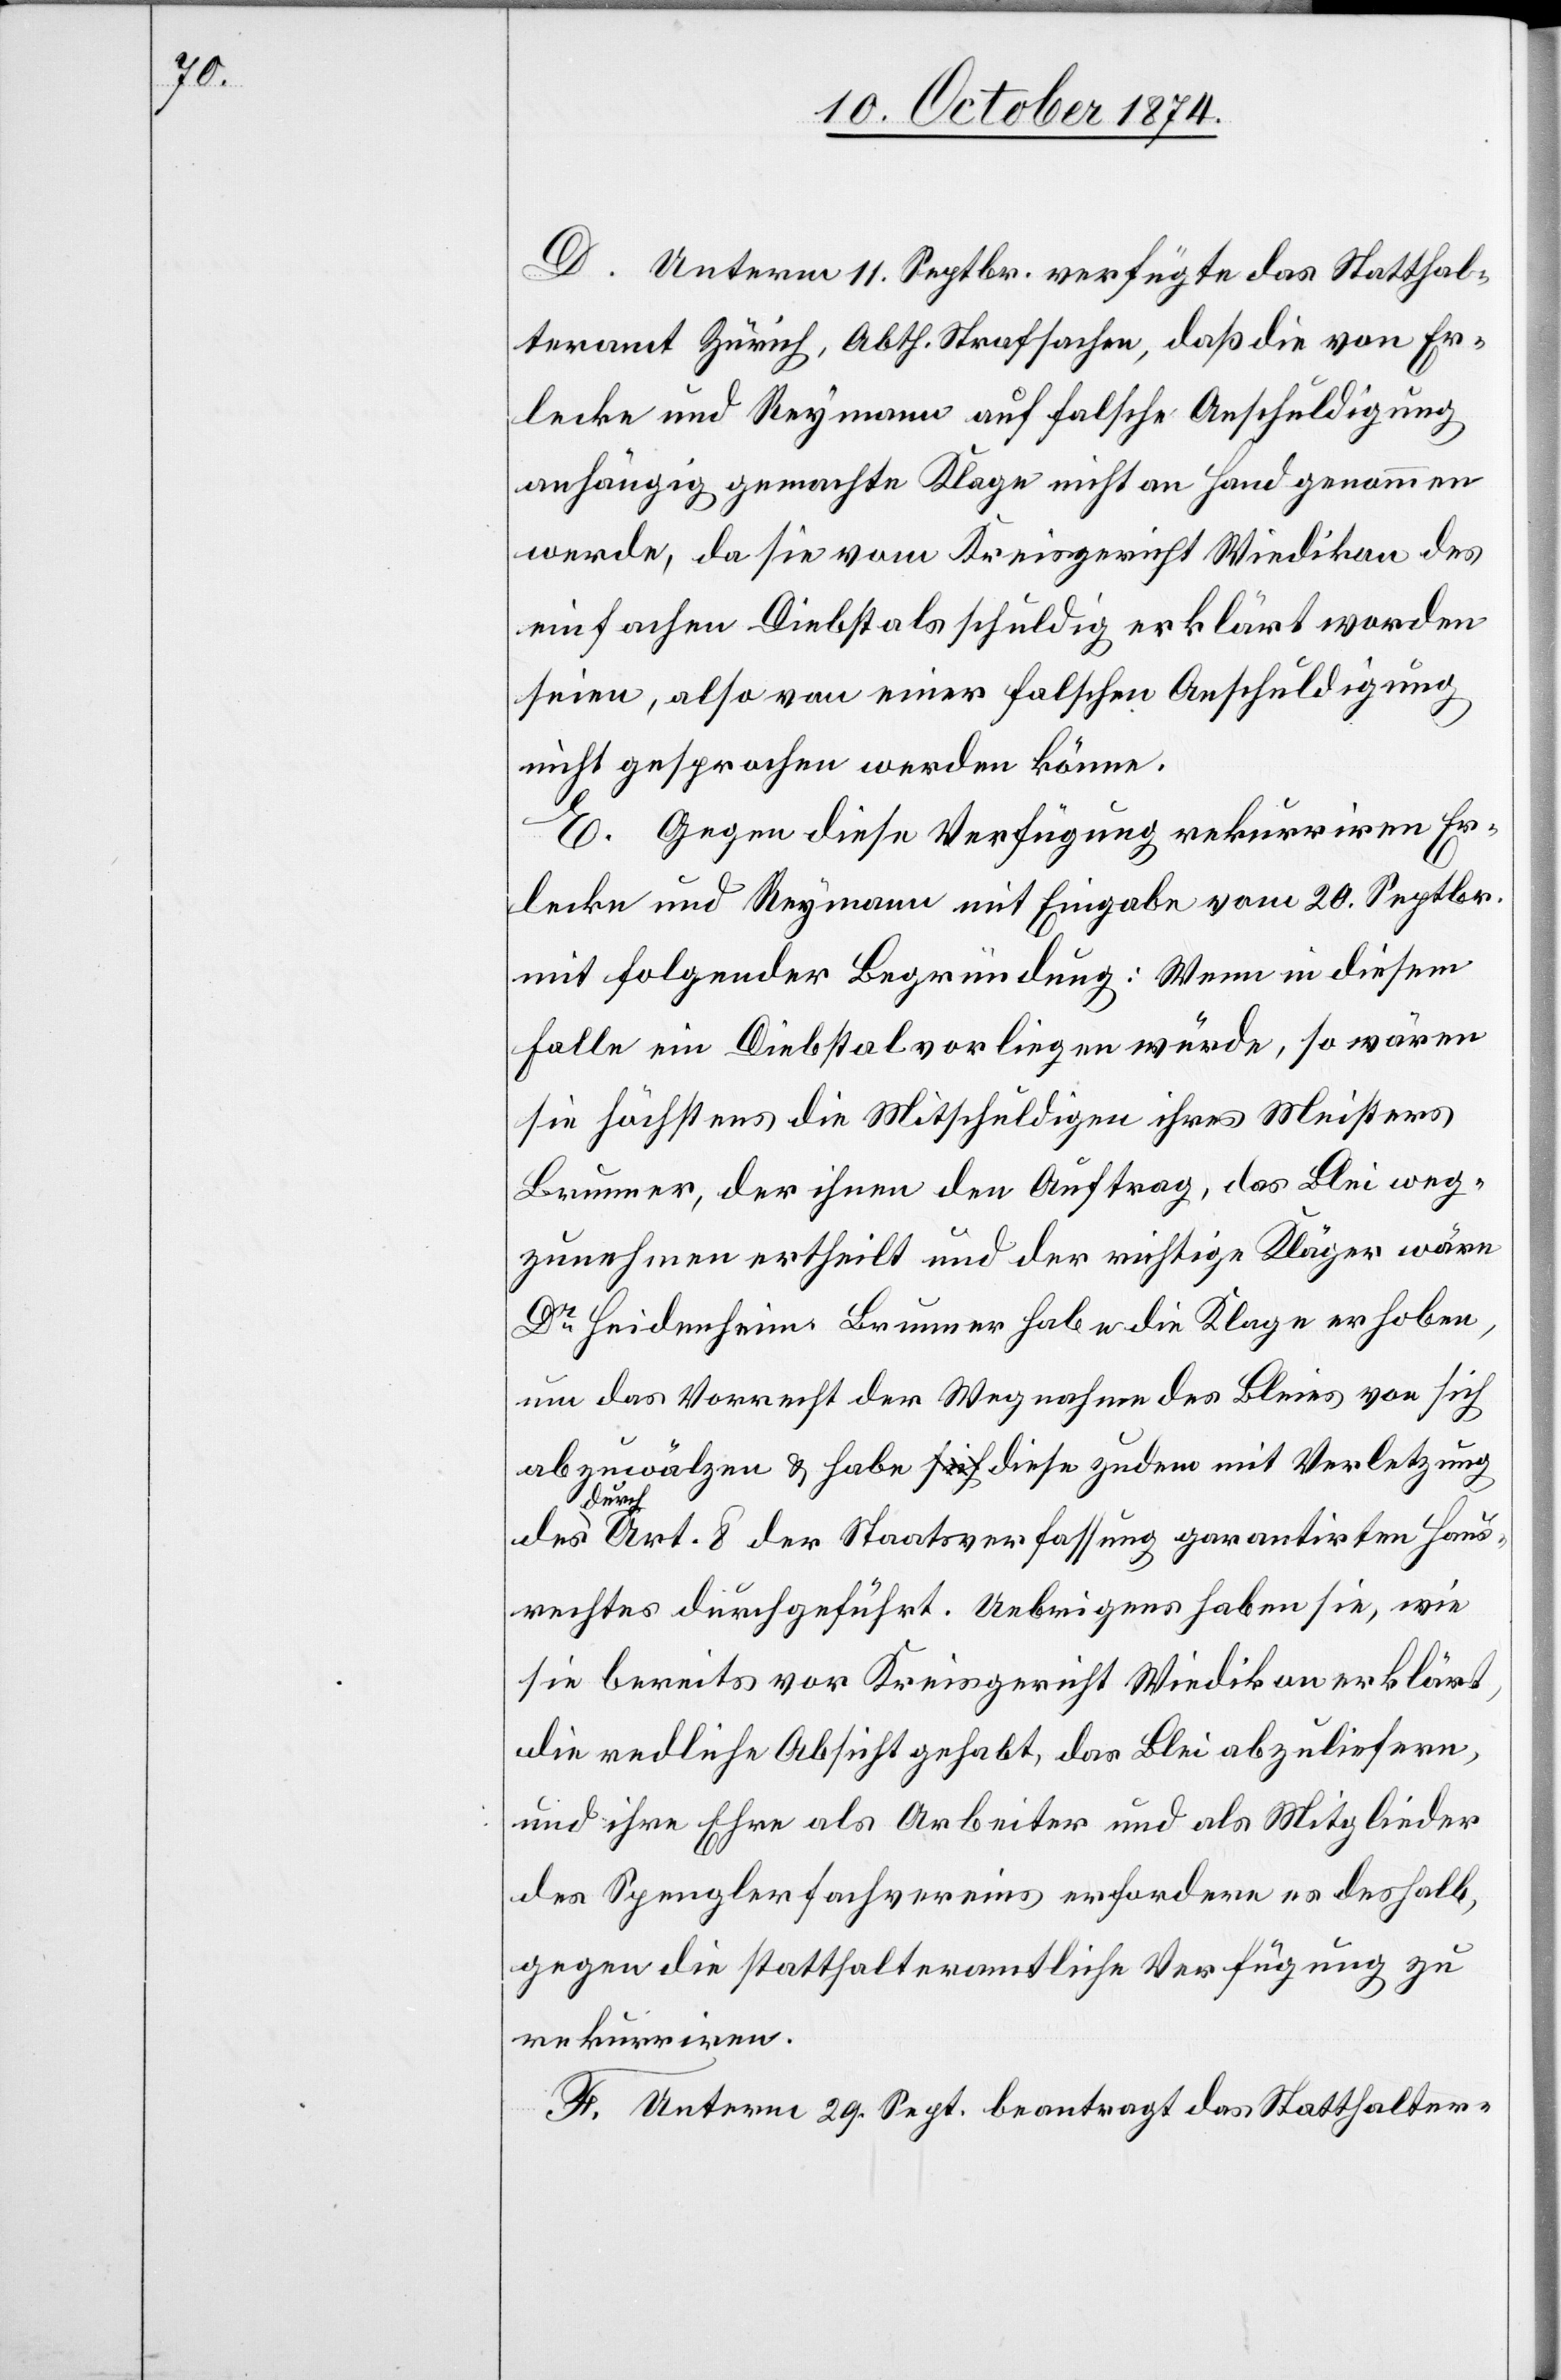
D. Unterm 11. Septbr. verfügte das Statthal¬
teramt Zürich, Abth. Strafsachen, daß die von Er¬
lecke und Reymann auf falsche Anschuldigung
anhändig gemachte Klage nicht an Hand genommen
werde, da sie vom Kreisgericht Wiedikon des
einfachen Diebstals schuldig erklärt worden
seien, also von einer falschen Anschuldigung
nicht gesprochen werden könne.
E. Gegen diese Verfügung rekurriren Er¬
lecke und Reymann mit Eingabe vom 20. Septbr.
mit folgender Begründung: Wenn in diesem
Falle ein Diebstal vorliegen würde, so wären
sie höchstens die Mitschuldigen ihres Meisters
Brunner, der ihnen den Auftrag, das Blei weg¬
zunehmen ertheilt und der richtige Kläger wäre
Dr Heidenheim. Brunner habe die Klage erhoben,
um das Vorrecht der Wegnahme des Bleies von sich
abzuwälzen & habe diese zudem mit Verletzung
des
durch Art. 8 der Staatsverfassung garantirten Haus¬
rechtes durchgeführt. Uebrigens haben sie, wie
sie bereits vor Kreisgericht Wiedikon erklärt,
die redliche Absicht gehabt, das Blei abzuliefern,
und ihre Ehre als Arbeiter und als Mitglieder
des Spenglerfachvereins erfordere es deshalb,
gegen die statthalteramtliche Verfügung zu
rekurriren.
F. Unterm 29. Sept. beantragt das Statthalter-